Vaccination in Bombay 1889-1901 - 1889-1901
Year: 1889
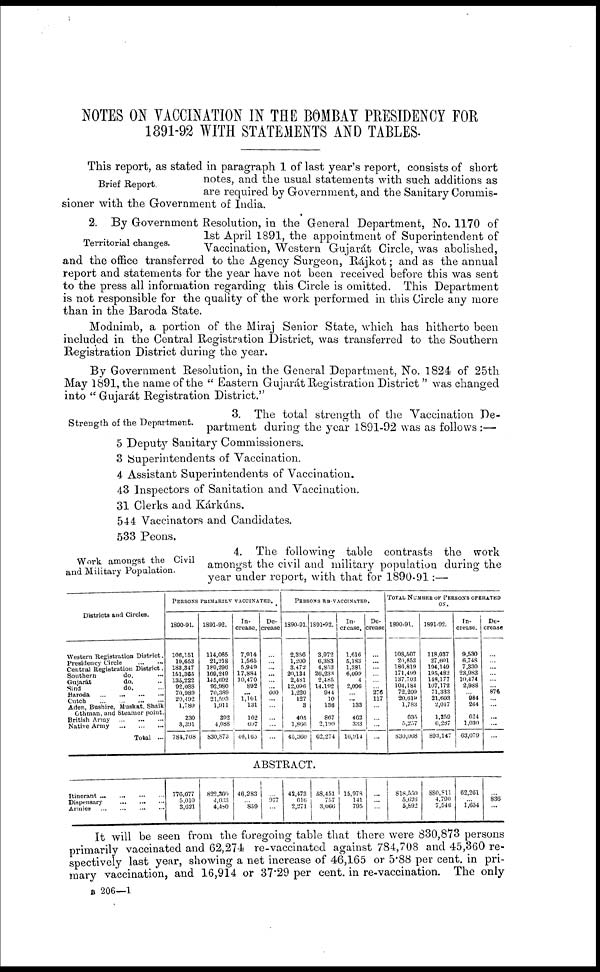
NOTES ON VACCINATION IN THE BOMBAY PRESIDENCY FOR
1891-92 WITH STATEMENTS AND TABLES.
Brief Report.
This report, as stated in paragraph 1 of last year's report, consists of short
notes, and the usual statements with such additions as
are required by Government, and the Sanitary Commis-
sioner with the Government of India.
Territorial changes.
2. By Government Resolution, in the General Department, No. 1170 of
1st April 1891, the appointment of Superintendent of
Vaccination, Western Gujarát Circle, was abolished,
and the office transferred to the Agency Surgeon, Rájkot; and as the annual
report and statements for the year have not been received before this was sent
to the press all information regarding this Circle is omitted. This Department
is not responsible for the quality of the work performed in this Circle any more
than in the Baroda State.
Modnimb, a portion of the Miraj Senior State, which has hitherto been
included in the Central Registration District, was transferred to the Southern
Registration District during the year.
By Government Resolution, in the General Department, No. 1824 of 25th
May 1891, the name of the " Eastern Gujarat Registration District " was changed
into " Gujarat Registration District."
Strength of the Department.
3. The total strength of the Vaccination De-
partment during the year 1891-92 was as follows :—
5 Deputy Sanitary Commissioners.
3 [Superintendents of Vaccination.
4 Assistant Superintendents of Vaccination.
43 Inspectors of Sanitation and Vaccination.
31 Clerks and Kárkúns.
544 Vaccinators and Candidates.
533 Peons.
Work amongst the Civil
and Military Population.
4. The following table contrasts the work
amongst the civil and military population during the
year under report, with that for 1890-91 :—
Districts and Circles.
Western Registration District.
Presidency Circle ... ...
Central Registration District.
Southern do. ...
Gujarát do. ...
Sind do. ...
Baroda ... ... ... ...
Cutch ... ... ... ...
Aden, Bushire, Muskat, Shaik
Othman, and Steamer point.
British Army ... ... ...
Native Army
...
...
...
Total ...
PERSONS PRIMARILY VACCINATED.
1890-91.
106,151
19,653
183,347
151,365
135,222
92,088
70,989
20,492
1,780
230
3,391
784,708
1891-92.
114,065
21,218
189,296
169,249
145,692
92,980
70,389
21,593
1,911
392
4,088
830,873
In¬
crease.
7,914
1,565
5,949
17,884
10,470
892
...
1,101
131
162
697
46,165
De-
crease
...
...
...
...
...
... 600
...
...
...
...
...
PERSONS RE-VACCINATED.
1890-01.
2,356
1,200
3,472
20,134
2,481
12,096
1,220
127
3
405
1,866
45,360
1891-92.
3,972
6,383
4,853
26,233
2,485
14,192
944
10
138
867
2,199
62,274
In-
crease.
1,616
5,183
1,381
6,099
4
2,096
...
... 133
462
333
10,914
De-
crease
...
...
...
...
...
... 276
117
...
...
...
...
TOTAL NUMBER OF PERSONS OPERATED
ON.
1890-91.
108,507
20,853
186,819
171,499
137,703
104,184
72,209
20,619
1,783
635
5,257
830,068
1891-92.
118,037
27,601
194,149
195,482
148,177
107,172
71,333
21,603
2,047
1,259
6,287
893,147
In¬
crease.
9,530
6,748
7,330
23,983
10,474
2,988
...
984
264
624
1,030
63,079
De-
crease
...
...
...
...
...
... 876
...
...
...
...
...
ABSTRACT.
Itinerant ... ... ... ...
Dispensary ... ... ...
Armies
...
...
...
...
776,077
5,010
3,021
822,360
4,033
4,480
46,283
...
859
...
977
...
42,473
616
2,271
58,451
757
3,066
15,978
141
795
...
...
...
818,550
5,026
5,892
880,811
4,790
7,546
62,261
...
1,654
...
836
It will be seen from the foregoing table that there were 830,873 persons
primarily vaccinated and 62,274 re-vaccinated against 784,708 and 45,360 re-
spectively last year, showing a net increase of 46,165 or 5.88 per cent. in pri-
mary vaccination, and 16,914 or 37.29 per cent. in re-vaccination. The only
B 206—1